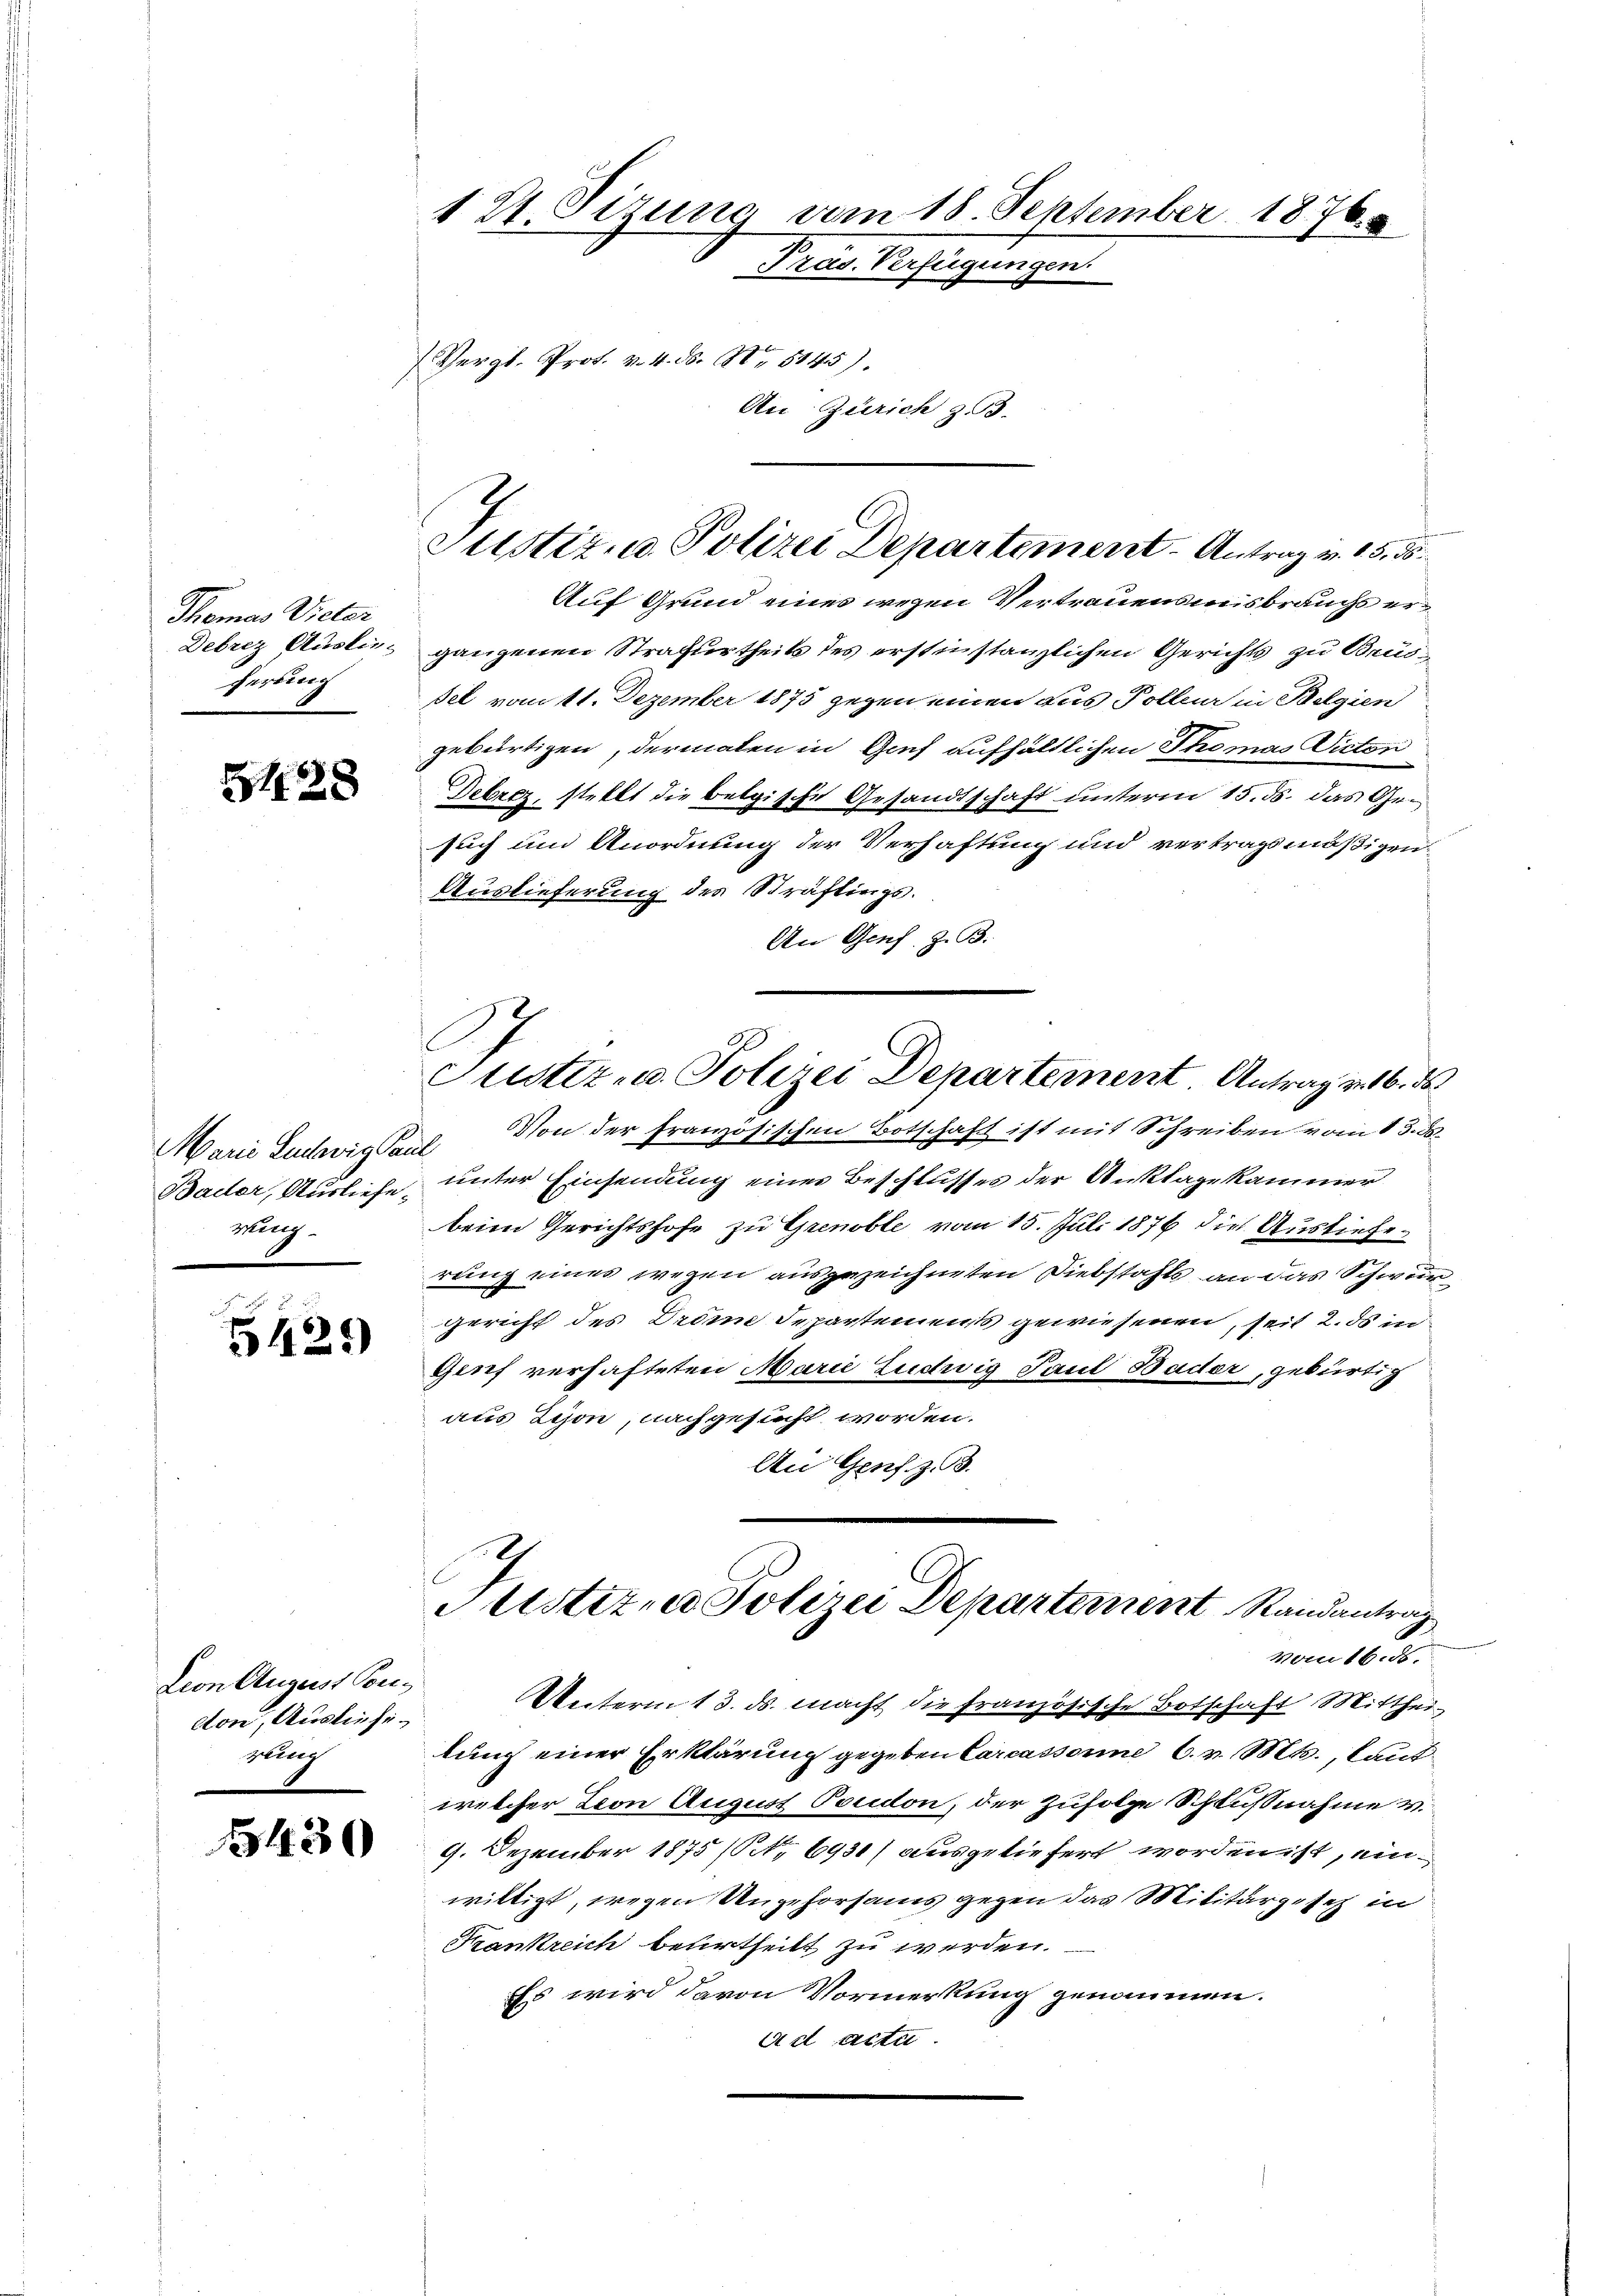
Thomas Vieter
herding

228

Marie Ludwig Paul
wing.

5129

tion August Concton, Ausliefe.
gung

1430

121. Sizung vom 18. September 1876.
Präs. Verfügungen.
Vergl. Prot. v. 4. ds. S. 5145).
An Zürich z. d.

Justiz, u. Polizei Departement - Antrag u. 15. 35.
Auf Grund eines wegen Vertrauensmisbrauchs er¬

Debrez Ausli ganzenen Strafurtheils des erstinstanzlichen Gerichts zu Brussel vom 11. Dezember 1875 gegen einen aus Polleur in Belgien
gebürtigen, dermalen in Genf aufhältlichen Thomas Victor
Debrez, stellt die belgische Gesandtschaft unterm 15. ds. das Gesuch und Anordnung der Verhaftung und vertragsmäßigen.
Auslieferung des Sträflings.
An Genf, z. B.
Justiz u. Polizei Departement. Antrag v. 16. d
Von der französischen Botschaft ist mit Schreiben vom 15. d.
Bacter, Ausliefe unter Einsendung einer Beschlusses der Anklage kammer
beim Gerichtshofe zu Grenoble vom 15. Juli 1876 die Auslieferung eines wegen ausgezeichneten Diebstahls an das Schwur
gericht des Dräen Departements gewiesenen, seit 2. ds in
Genf verhafteten Marie Ludwig Paul Bäder, gebürtig
aus Lyon, nachgesucht worden.
An Genf z. B.

Justiz- u Polizei Departement Randantrag
vom 16. ds.

Unterm 13. ds. macht die französische Botschaft Mittheilung einer Erklärung gegeben Carcassonne 6. v. Mts., laut
welcher Leon August Poudon, der Zufolge Schlußnahme v.
9. Dezember 1875 (Art. 6930) ausgeliefert worden ist, einwilligt, wegen Ungehorsams gegen das Militärgesetz in
Krankreich beurtheilt zu werden.
Es wird davon Vormerkung genommen.
Ad Actu